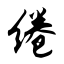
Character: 绻